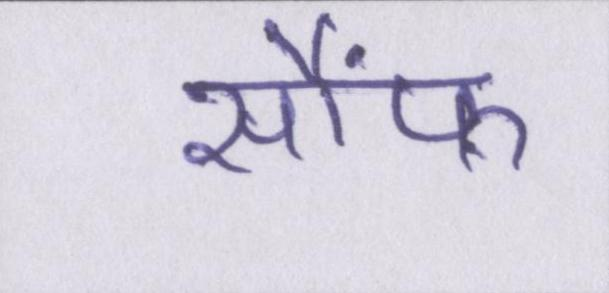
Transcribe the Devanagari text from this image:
सौंफ